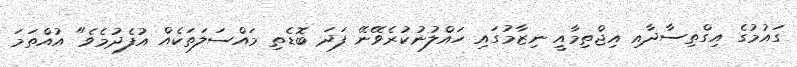
ގައުމުގެ އިގްތިސާދާއި އިޖްތިމާއީ ނިޒާމުގައި ހައްލުނުކުރެވޭނޭ ފަދަ ބޮޑެތި މައްސަލަތަކެއް އުފެދުމެވެ" އުއްތަމަ